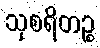
သုစရိတဉ္စ